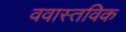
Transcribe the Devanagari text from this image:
ववास्तविक